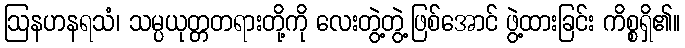
ဩနဟနရသံ၊ သမ္ပယုတ္တတရားတို့ကို လေးတွဲ့တွဲ့ဖြစ်အောင် ဖွဲ့ထားခြင်း ကိစ္စရှိ၏။